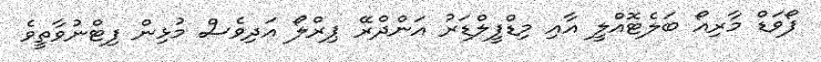
ފޯވަޑް މާރިއޯ ބަލެޓޮއްލީ އާއި މިޑްފީލްޑަރު އަންދްރޭ ޕިރްލޯ އަދިވެސް މުޅިން ފިޓްނުވާތީވެ